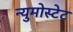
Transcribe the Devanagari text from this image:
न्युमोस्टेट